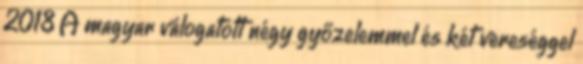
2018 A magyar válogatott négy győzelemmel és két vereséggel